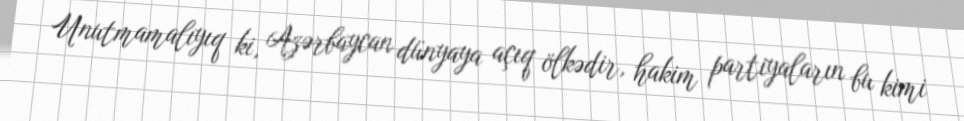
Unutmamalıyıq ki, Azərbaycan dünyaya açıq ölkədir, hakim partiyaların bu kimi